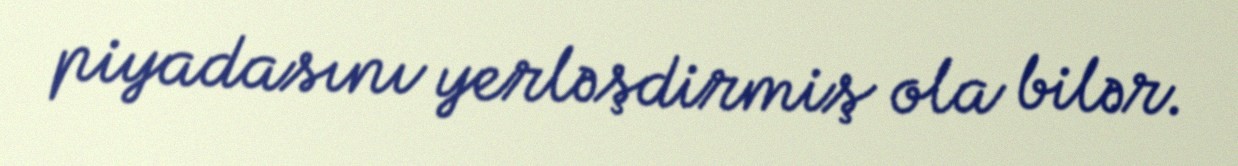
piyadasını yerləşdirmiş ola bilər.